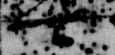
可